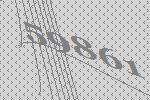
59861